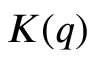
K ( q )